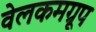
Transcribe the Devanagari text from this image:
वेलकमग्रूप